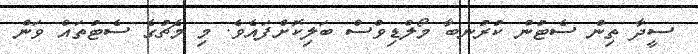
ސީދާ ތިން ސެޓުން ކުރުނބާ މޯލްޑިވްސް ބަލިކޮށްފައެވެ. މި މެޗުގެ ސެޓުތައް ވަން